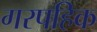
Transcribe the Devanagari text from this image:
गरपहिक